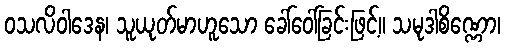
ဝသလိဝါဒေန၊ သူယုတ်မာဟူသော ခေါ်ဝေါ်ခြင်းဖြင့်။ သမုဒါစိဏ္ဏော၊